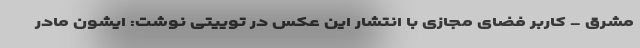
مشرق - کاربر فضای مجازی با انتشار این عکس در توییتی نوشت: ایشون مادر